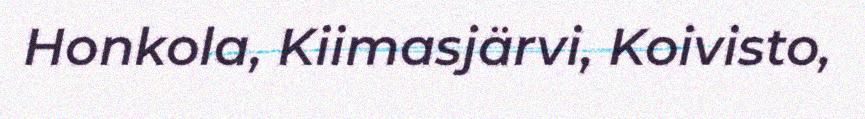
Honkola, Kiimasjärvi, Koivisto,